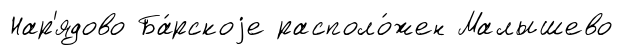
Нар'ядово Ба́рскоjе располо́жен Малышево